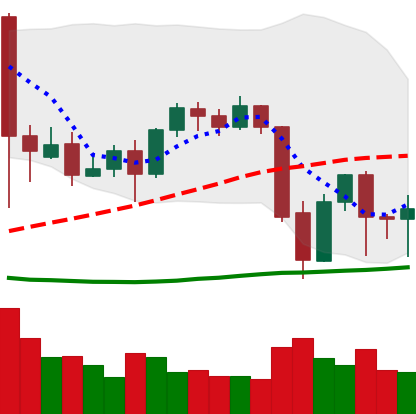
Ticker: BTC-USD
Chart end date: 2021-09-26
Forward return: 11.36%
Label: up_7plus